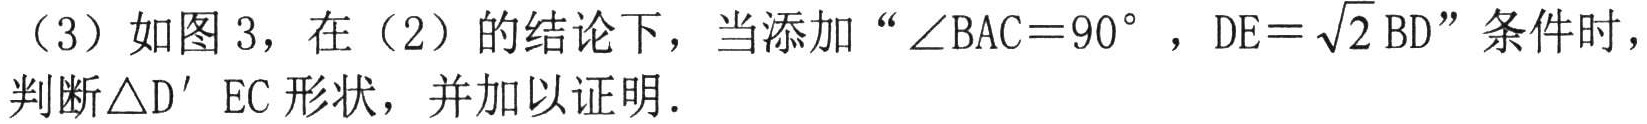
（3）如图 3，在（2）的结论下，当添加“\(\angle BAC = 90^{\circ}\)，\(DE = \sqrt{2}BD\)”条件时，判断\(\triangle D'EC\)形状，并加以证明.